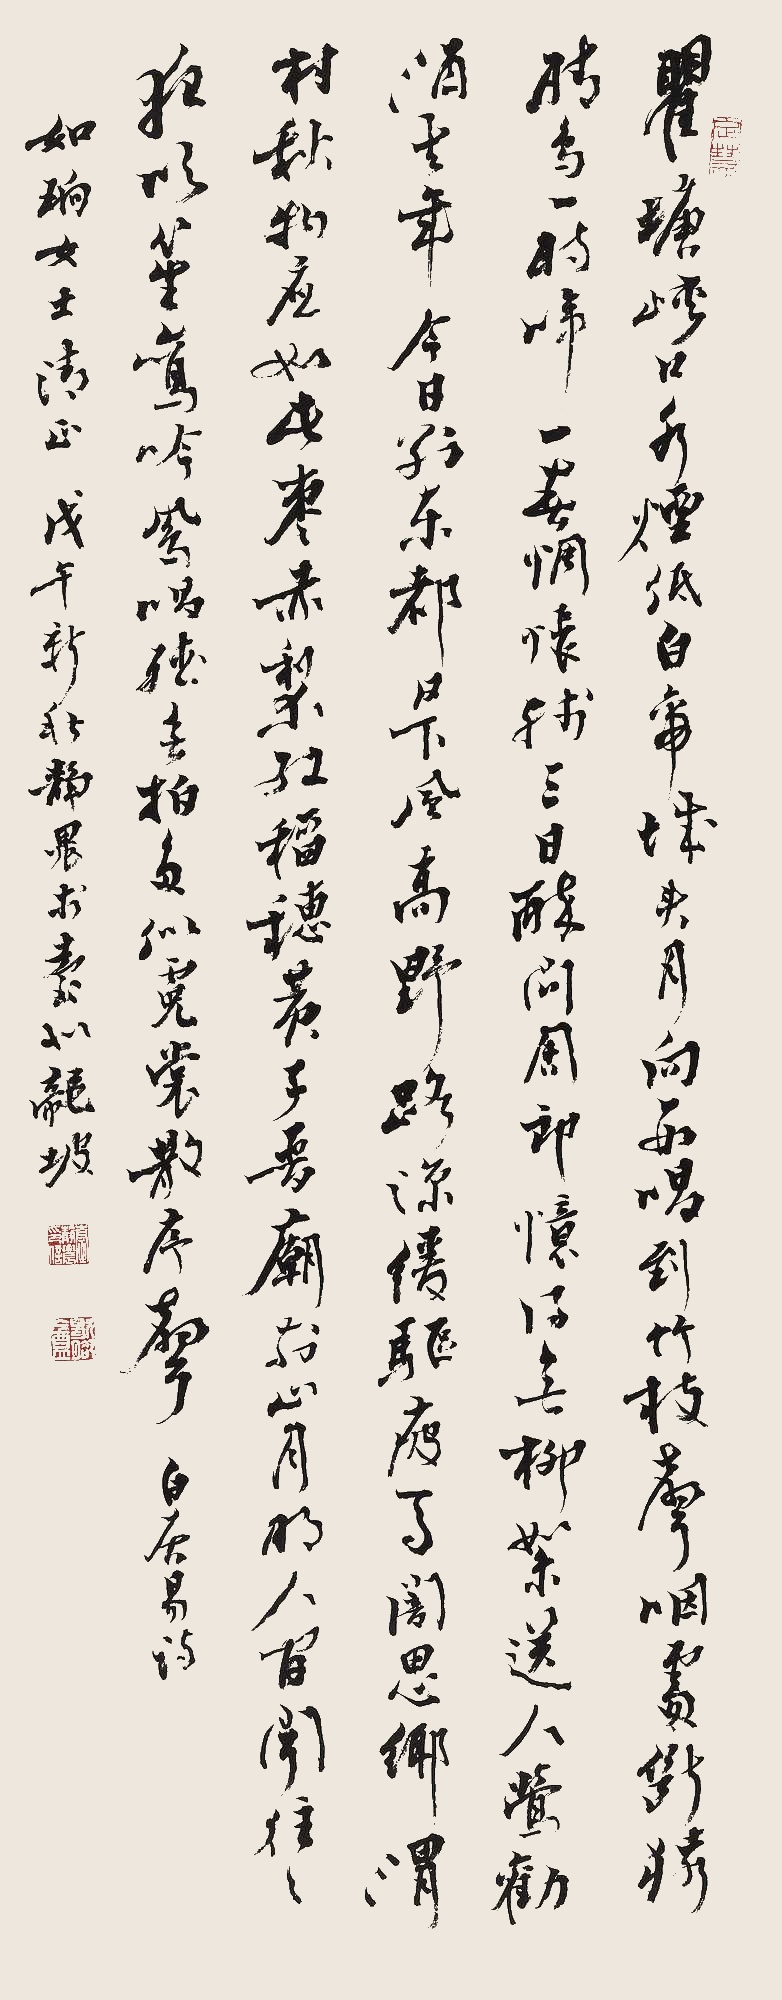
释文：瞿塘峡口冷烟低，白帝城头月向西。唱到竹枝声咽处，断桥晴鸟一时啼。一春惆怅残三日，醉问周郎忆得无。柳絮送人莺劝酒，去年今日别东都。日下风高野路凉，缓驱疲马暗思乡。渭村秋物应如此，枣赤梨红稻穗黄。子晋庙前山月明，人闻往往夜吹笙。鸾吟凤唱听无拍，多似霓裳散序声。白居易诗。如珦女士清正。戊午新秋，静农书于台北龙坡。